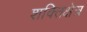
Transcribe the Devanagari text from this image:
शक्तिक्षेत्र